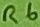
Text: R6